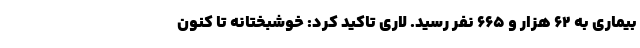
بیماری به ۶۲ هزار و ۶۶۵ نفر رسید. لاری تاکید کرد: خوشبختانه تا کنون